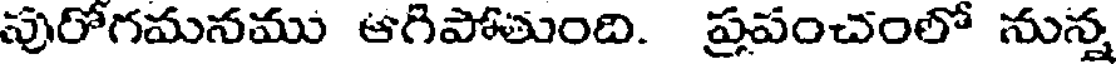
పురోగమనము ఆగిపోతుంది. ప్రపంచంలో నున్న